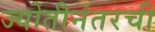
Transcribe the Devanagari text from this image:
ज्योतीनंतरची